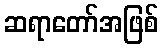
ဆရာတော်အဖြစ်